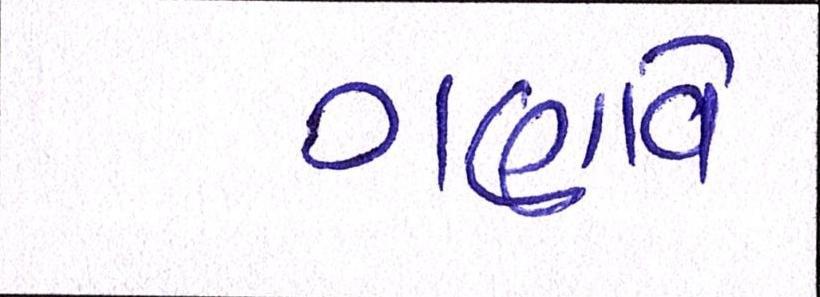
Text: ગણાવે